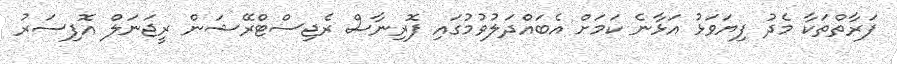
ފަރާތްތަކާ މެދު ފިޔަވަޅު އަޅާނެ ކަމަށް އެބައްދަލުވުމުގައި ފޮރިނާސް ރެޖިސްޓްރޭޝަން ރީޖަނަލް އޮފިސަރު